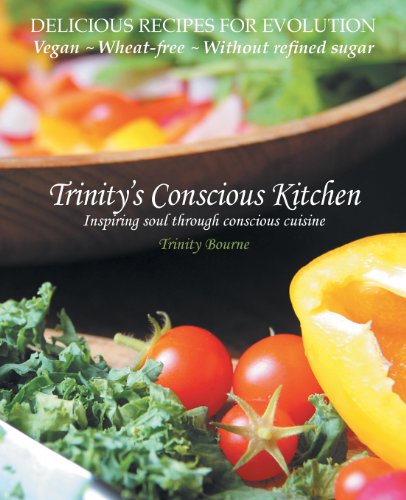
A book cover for Trinity's Conscious Kitchen; Trinity Bourne; Cookbooks, Food & Wine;